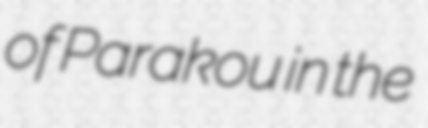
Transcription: of Parakou in the